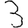
Digit: 3